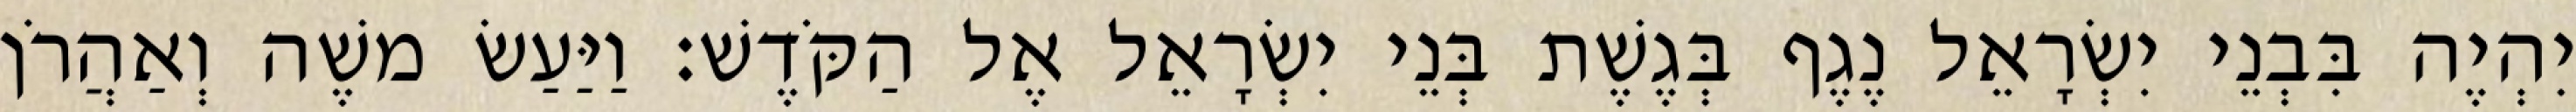
יִהְיֶה בִּבְנֵי יִשְׂרָאֵל נֶגֶף בְּגֶשֶׁת בְּנֵי יִשְׂרָאֵל אֶל הַקֹּדֶשׁ׃ וַיַּעַשׂ משֶׁה וְאַהֲרֹן